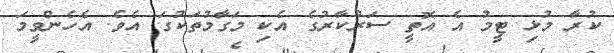
ކުރާ މުޅި ޓީމު އެ އޮތީ ސަރުކާރުގެ އެކި މަގާމުތަކުގަ އެވެ. އެހެންވީމަ